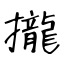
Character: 攏